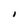
Character: I